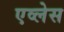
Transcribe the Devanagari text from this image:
एव्लेस